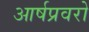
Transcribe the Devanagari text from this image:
आर्षप्रवरो